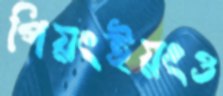
পিয়ংইয়ংও